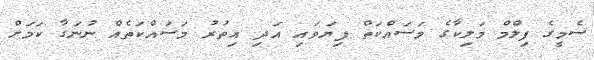
ސެމީގެ ފިލްމް މަލިކާގެ މަސައްކަތް ފިޔަވައި އަދި އިތުރު މަސައްކަތެއް ނުނަގާ ކަމަށް